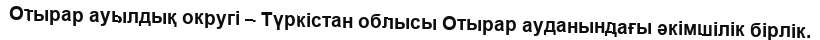
Отырар ауылдық округі – Түркістан облысы Отырар ауданындағы әкімшілік бірлік.